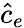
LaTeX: \hat{c}_{e}